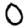
Digit: 0